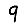
Digit: 9